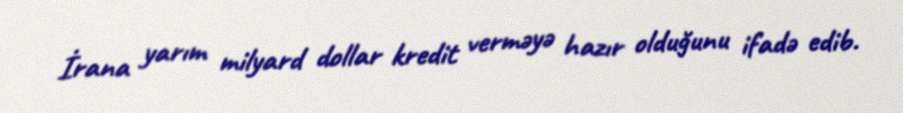
İrana yarım milyard dollar kredit verməyə hazır olduğunu ifadə edib.